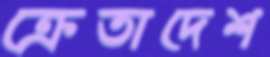
ক্রেতাদেশ